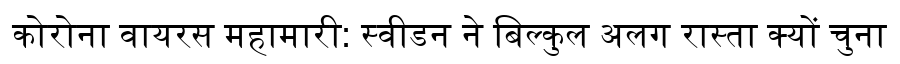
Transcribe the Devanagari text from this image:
कोरोना वायरस महामारी: स्वीडन ने बिल्कुल अलग रास्ता क्यों चुना